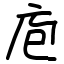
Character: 庖